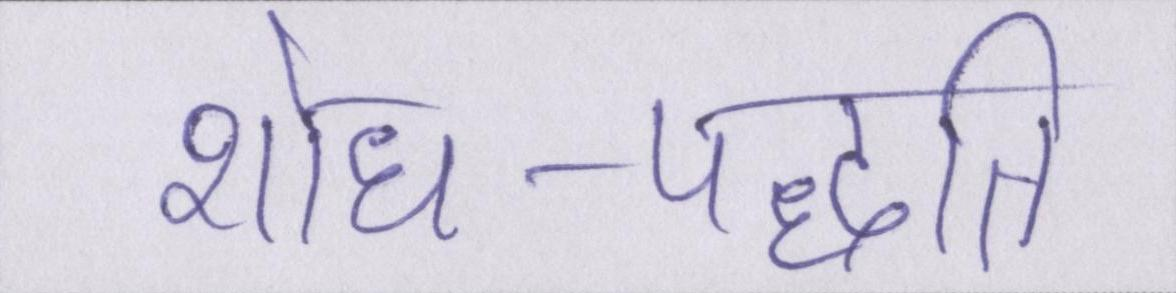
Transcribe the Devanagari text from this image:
शोध-पद्धति